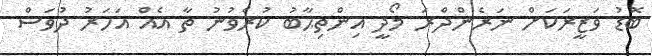
ބޮޑު ވަޒީރަކަށް ނަރެންދްރަ މޯދީ އިންތިޙާބު ކުރެވުނު ތާ އެއް އަހަރު ދުވަސް